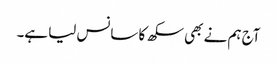
آج ہم نے بھی سکھ کا سانس لیا ہے۔